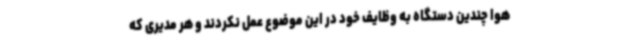
هوا چندین دستگاه به وظایف خود در این موضوع عمل نکردند و هر مدیری که